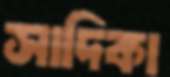
সাদিকা